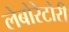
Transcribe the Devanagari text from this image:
लेबोरेटोरी